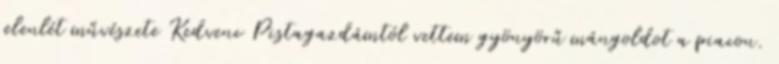
jelenlét művészete Kedvenc Pistagazdámtól vettem gyönyörű mángoldot a piacon.